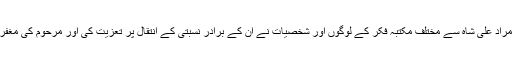
وزیراعلی سندھ سید مراد علی شاہ سے مختلف مکتبہ فکر کے لوگوں اور شخصیات نے ان کے برادر نسبتی کے انتقال پر تعزیت کی اور مرحوم کی مغفرت کے لئے دعا کی۔